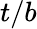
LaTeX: t/b